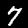
Label: 7